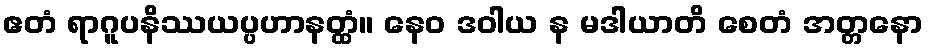
ဧတံ ရာဂူပနိဿယပ္ပဟာနတ္ထံ။ နေဝ ဒဝါယ န မဒါယာတိ စေတံ အတ္တနော